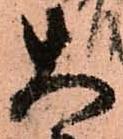
大